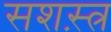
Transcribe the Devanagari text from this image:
सशस़्त्र